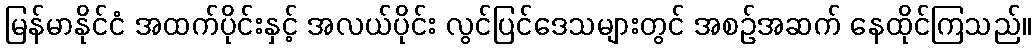
မြန်မာနိုင်ငံ အထက်ပိုင်းနှင့် အလယ်ပိုင်း လွင်ပြင်ဒေသများတွင် အစဉ်အဆက် နေထိုင်ကြသည်။